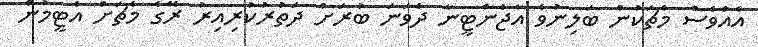
އެއްވެސް މެޗަކުން ބަލިނުވެ އާޖެންޓީނާ ދެވަނަ ބުރަށް ދަތުރުކުރިއިރު ރޭގެ މެޗަށް އެޓީމުން